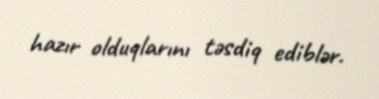
hazır olduqlarını təsdiq ediblər.